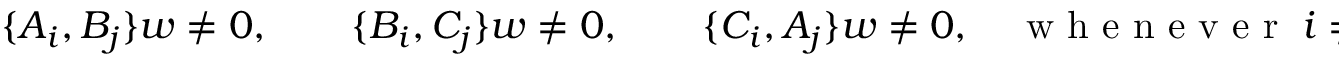
\begin{array} { r } { \{ A _ { i } , B _ { j } \} w \neq 0 , \qquad \{ B _ { i } , C _ { j } \} w \neq 0 , \qquad \{ C _ { i } , A _ { j } \} w \neq 0 , \quad \textrm { w h e n e v e r } \; i \neq j } \end{array}